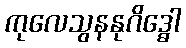
ကုလေသွနနုဂိဒ္ဓေါ